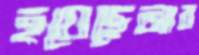
হয়েছেআর